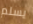
يسلم